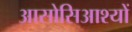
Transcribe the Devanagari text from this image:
आसोसिआश्यों